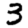
Digit: 3